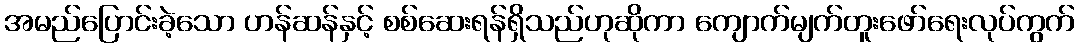
အမည်ပြောင်းခဲ့သော ဟန်ဆန်နှင့် စစ်ဆေးရန်ရှိသည်ဟုဆိုကာ ကျောက်မျက်တူးဖော်ရေးလုပ်ကွက်